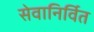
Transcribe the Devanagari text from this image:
सेवानिर्वित